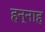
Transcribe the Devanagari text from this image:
हन्नाह